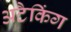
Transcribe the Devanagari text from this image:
अटैकिंग